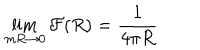
\lim _ { m R \rightarrow 0 } { \cal F } ( R ) = \frac { 1 } { 4 \pi R }